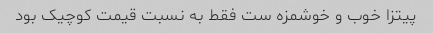
پیتزا خوب و خوشمزه ست فقط به نسبت قیمت کوچیک بود